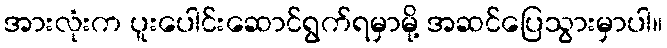
အားလုံးက ပူးပေါင်းဆောင်ရွက်ရမှာမို့ အဆင်ပြေသွားမှာပါ။